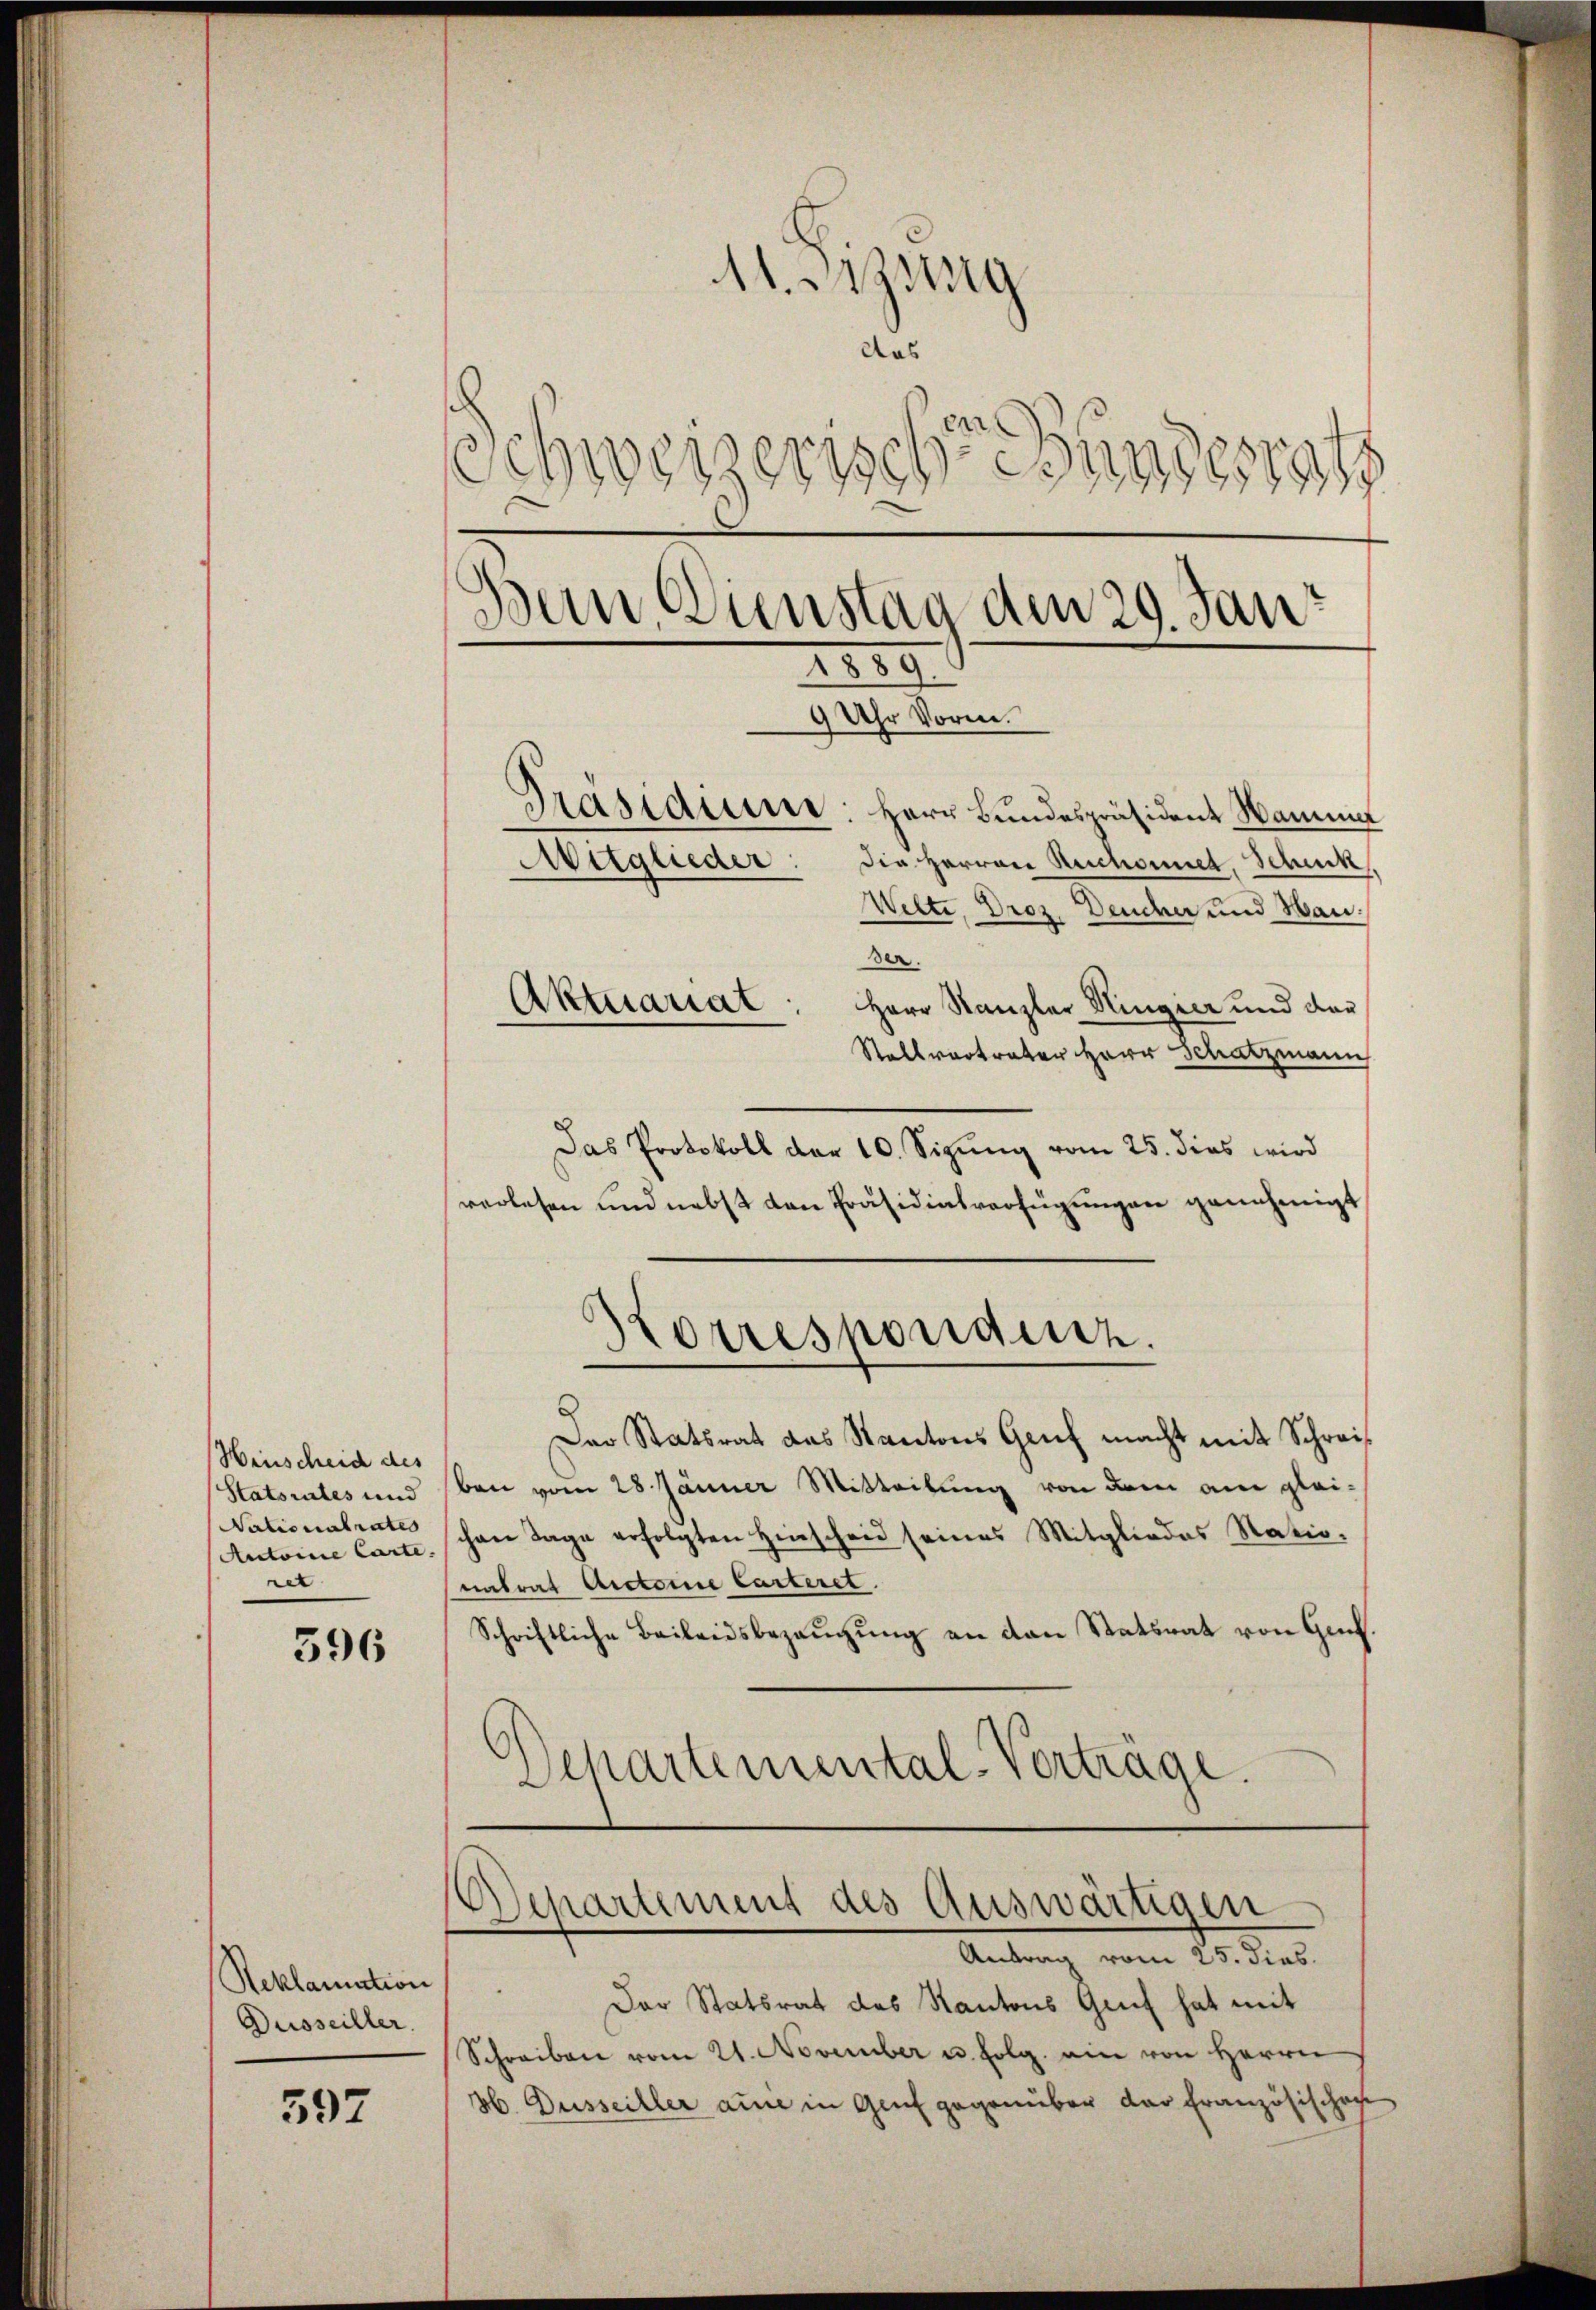
Hinscheid des
Antoine Carte.
ret

596

597

A1 Azung
das
en
chweizerischesunge
¬
.
wen, Dienstag den 29. Jan
XXIII
9 Uhr Vorm.
Präsidiume: Herr Bundespräsident Wamma
Auglieder: die Herren Rechnet, Schick
Wilte, Droz. Dender und Wan

Reklamation
Busseiller.

.

der.
Herr Kanzler Hinger und dar
Stallvertrater Herr Schatzmann
Das Protokoll der 10. Sizŭng vom 25. dies wird
verlesen und nebst den Präsidialverfügungen genehmigt
Korrespondenz.
Der Statsrat das Kantons Genf macht mit Schrei¬
Statsrates und eben vom 28 Jänner Mitteilung von dem am glei¬
Vationalrate schon Tage erfolgten Hinscheid seines Mitgliedes Natio-
untrat Arterne Carteret.
Schriftliche Beileidsbezeugung an den Statsrat von Ges.
Departemental-Vorträge.

Aktuariat

Der Statsrat des Kantons Genf hat mit
Schreiben vom 21. November u. folg. ein von Herrn
36. Dusseiller ause in Genf gegenüber der Französischen

epartement des Auswärtigen
Antrag vom 25. dies